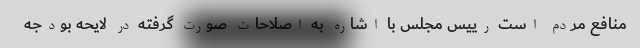
منافع مردم است رییس مجلس با اشاره به اصلاحات صورت گرفته در لایحه بودجه